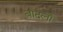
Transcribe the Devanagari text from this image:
बादलाँ